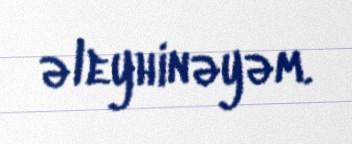
əleyhinəyəm.